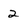
Character: 2